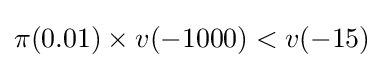
\pi (0.01)\times v(-1000)<v(-15)